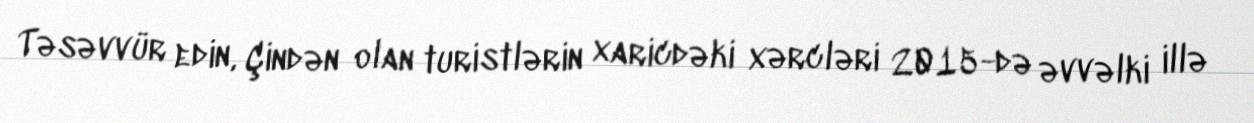
Təsəvvür edin, Çindən olan turistlərin xaricdəki xərcləri 2015-də əvvəlki illə